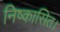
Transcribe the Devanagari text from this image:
निष्कासित।